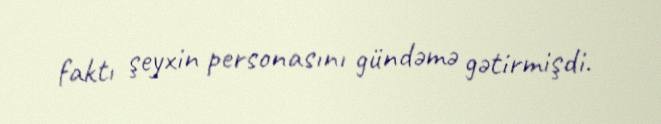
faktı şeyxin personasını gündəmə gətirmişdi.